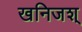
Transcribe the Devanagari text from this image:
खनिजश्